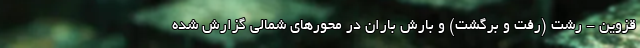
قزوین - رشت (رفت و برگشت) و بارش باران در محورهای شمالی گزارش شده